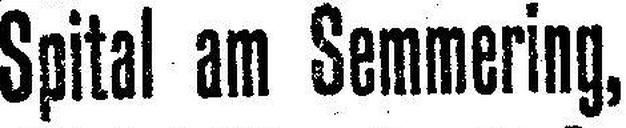
Spital am Semmering,